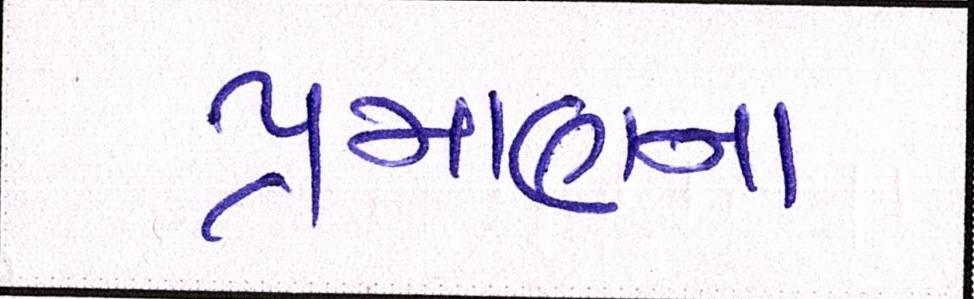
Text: પ્રમાણના